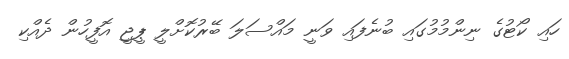
ހައި ކޯޓުގެ ނިންމުމުގައި ބުނެފައި ވަނީ މައްސަލަ ބޭރުކޮށްލީ ޕީޖީ އޮފީހުން ދެއްކި